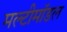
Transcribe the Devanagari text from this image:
मल्टीमॉडल